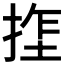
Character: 𫽏